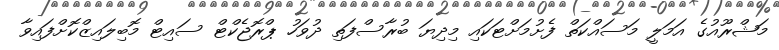
މަޝްރޫއުގެ އަމަލީ މަސައްކަތް ފެށުމަށްޓަކައި މިދިޔަ ބުރާސްފަތި ދުވަހު ޕްރޮޖެކްޓް ސައިޓް މޮބިލައިޒްކޮށްފައިވާ